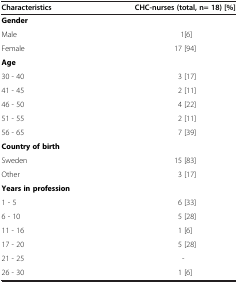
<table><thead><tr><td><b>Characteristics</b></td><td><b>CHC-nurses (total, n= 18) [%]</b></td></tr></thead><tbody><tr><td colspan="2"><b>Gender</b></td></tr><tr><td>Male</td><td>1[6]</td></tr><tr><td>Female</td><td>17 [94]</td></tr><tr><td colspan="2"><b>Age</b></td></tr><tr><td>30 - 40</td><td>3 [17]</td></tr><tr><td>41 - 45</td><td>2 [11]</td></tr><tr><td>46 - 50</td><td>4 [22]</td></tr><tr><td>51 - 55</td><td>2 [11]</td></tr><tr><td>56 - 65</td><td>7 [39]</td></tr><tr><td colspan="2"><b>Country of birth</b></td></tr><tr><td>Sweden</td><td>15 [83]</td></tr><tr><td>Other</td><td>3 [17]</td></tr><tr><td colspan="2"><b>Years in profession</b></td></tr><tr><td>1 - 5</td><td>6 [33]</td></tr><tr><td>6 - 10</td><td>5 [28]</td></tr><tr><td>11 - 16</td><td>1 [6]</td></tr><tr><td>17 - 20</td><td>5 [28]</td></tr><tr><td>21 - 25</td><td>-</td></tr><tr><td>26 - 30</td><td>1 [6]</td></tr></tbody></table>